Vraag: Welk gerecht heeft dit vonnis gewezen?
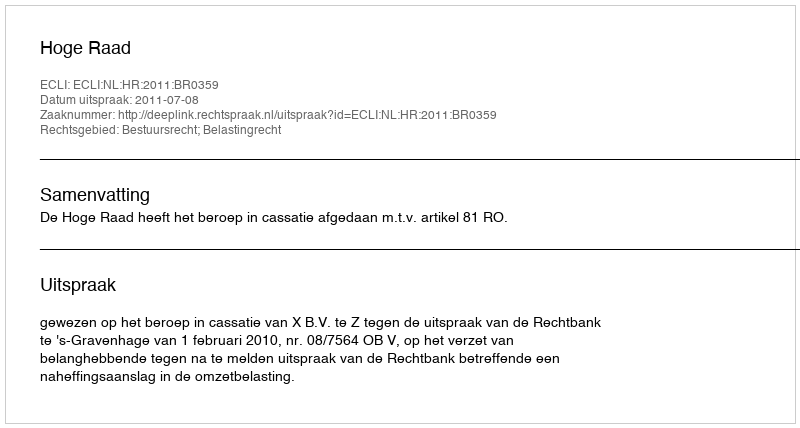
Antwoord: Hoge Raad